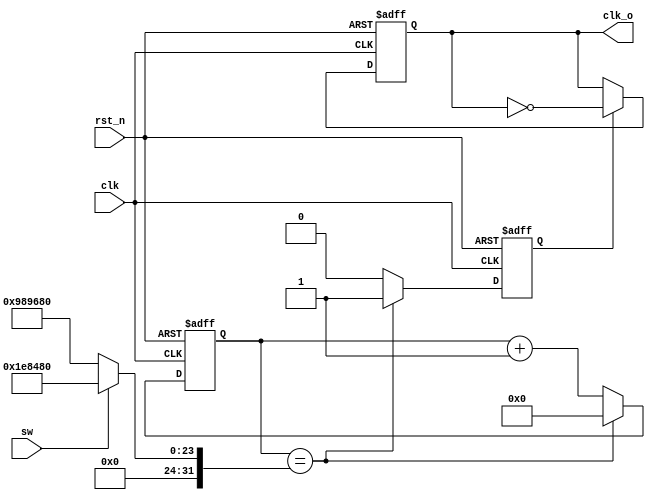
module clock_divider (clk, rst_n, sw, clk_o);

integer DIV_CONST    = 10000000;

input clk;

input rst_n;
input sw;

output reg clk_o;

reg [31:0] div;
reg en;

always @ (*) begin
if(sw == 1)
	DIV_CONST = 2000000;
else
	DIV_CONST = 10000000;
end
always @ (posedge clk or negedge rst_n)
begin

	if (!rst_n)
	begin
		div <= 0;
		en <= 0;
	end	
	else
	begin
		if (div == DIV_CONST)
		begin
			div <= 0;
			en <= 1;
		end
		else
		begin
			div <= div + 1;
			en <= 0;
		end
	end
	
end

always @ (posedge clk or negedge rst_n)
begin
if (!rst_n)
begin
	clk_o <= 1'b0;
end
else if (en)
	clk_o <= ~clk_o;
end

endmodule